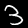
Label: 3